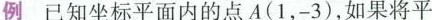
例已知坐标平面内的点A(1，-3)，如果将平